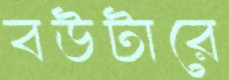
বউটারে